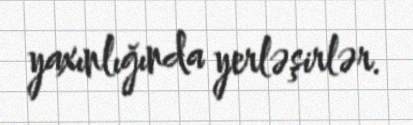
yaxınlığında yerləşirlər.